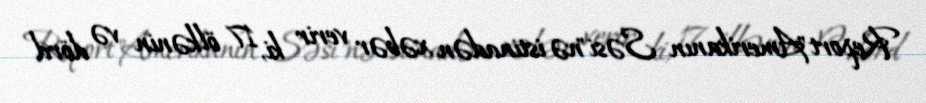
Report"Amerikanın Səsi"nə istinadən xəbər verir ki, 17 ölkənin və dörd